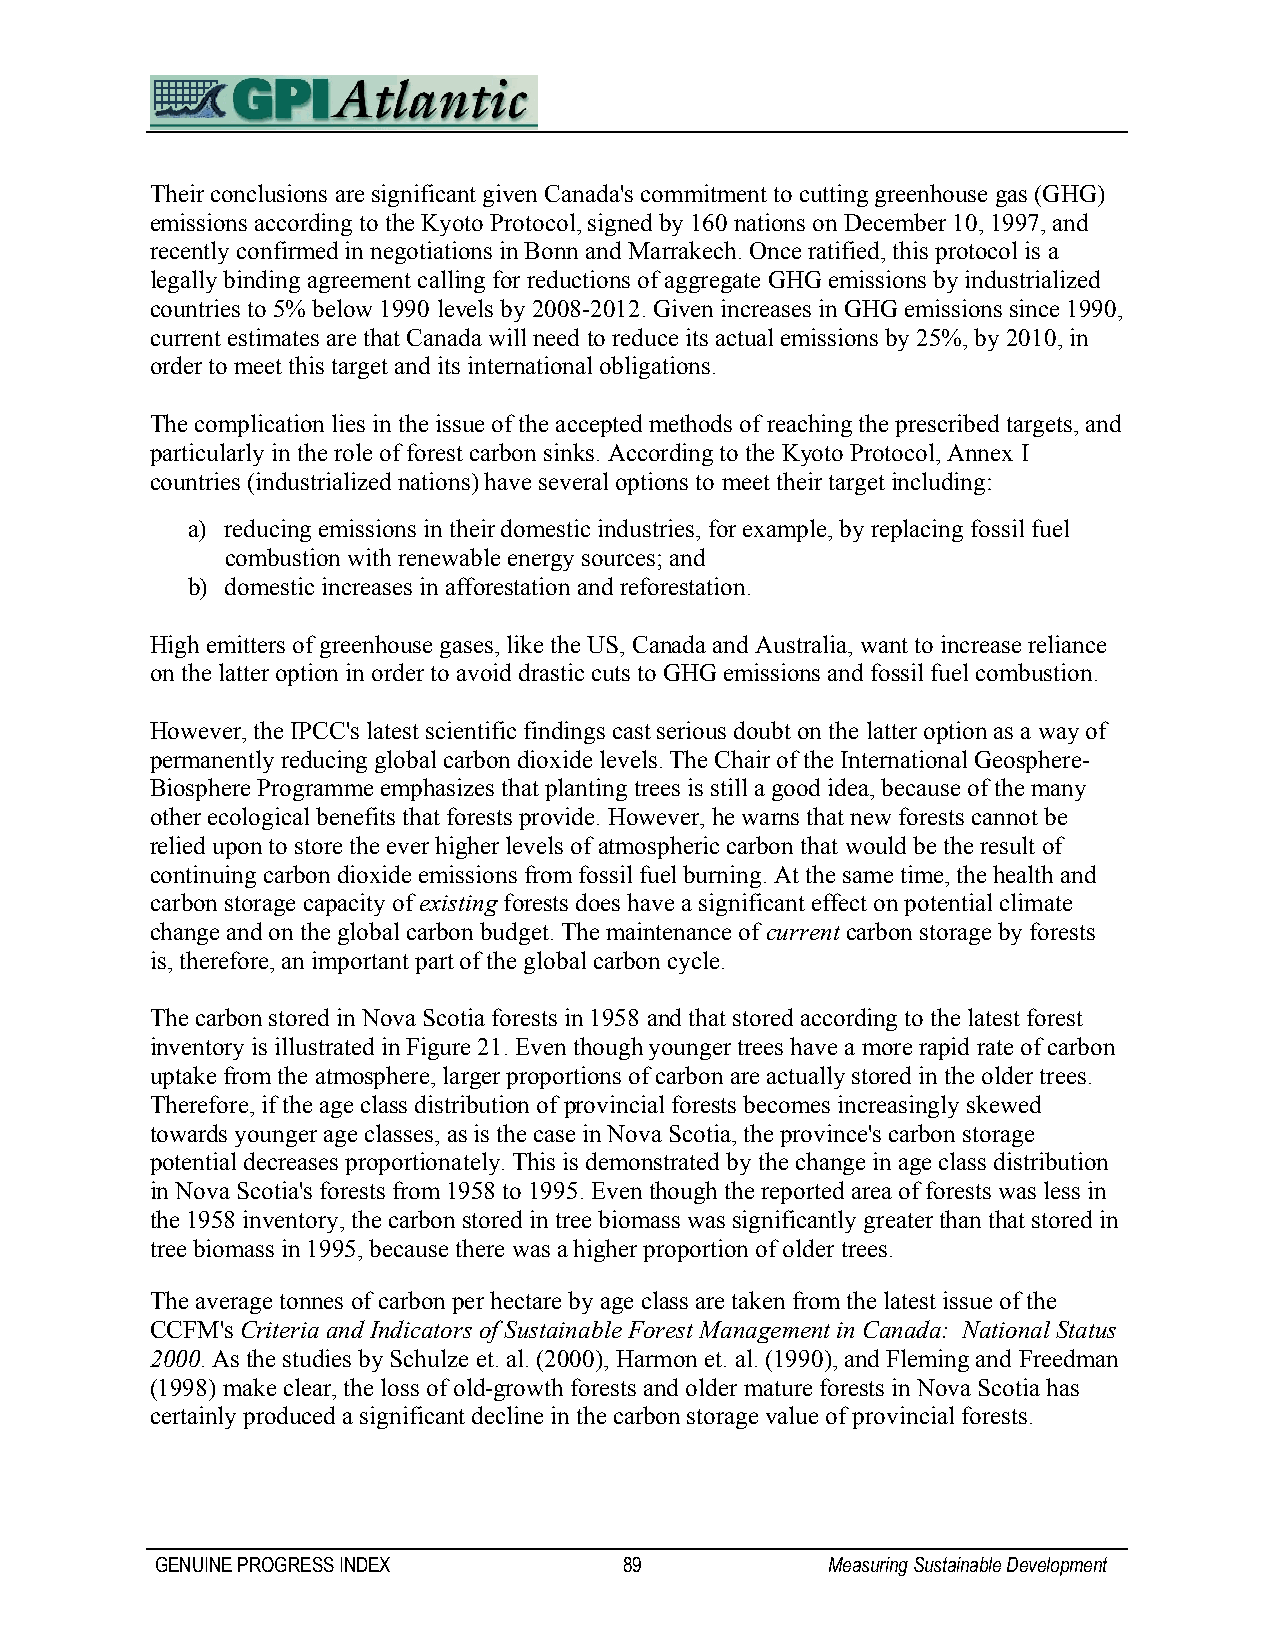
Their conclusions are significant given Canada's commitment to cutting greenhouse gas (GHG)
 emissions according to the Kyoto Protocol, signed by 160 nations on December 10, 1997, and
 recently confirmed in negotiations in Bonn and Marrakech. Once ratified, this protocol is a
 legally binding agreement calling for reductions of aggregate GHG emissions by industrialized
 countries to 5% below 1990 levels by 2008-2012. Given increases in GHG emissions since 1990,
 current estimates are that Canada will need to reduce its actual emissions by 25%, by 2010, in
 order to meet this target and its international obligations.
 The complication lies in the issue of the accepted methods of reaching the prescribed targets, and
 particularly in the role of forest carbon sinks. According to the Kyoto Protocol, Annex I
 countries (industrialized nations) have several options to meet their target including:
 a) reducing emissions in their domestic industries, for example, by replacing fossil fuel
 combustion with renewable energy sources; and
 b) domestic increases in afforestation and reforestation.
 High emitters of greenhouse gases, like the US, Canada and Australia, want to increase reliance
 on the latter option in order to avoid drastic cuts to GHG emissions and fossil fuel combustion.
 However, the IPCC's latest scientific findings cast serious doubt on the latter option as a way of
 permanently reducing global carbon dioxide levels. The Chair of the International Geosphere-
 Biosphere Programme emphasizes that planting trees is still a good idea, because of the many
 other ecological benefits that forests provide. However, he warns that new forests cannot be
 relied upon to store the ever higher levels of atmospheric carbon that would be the result of
 continuing carbon dioxide emissions from fossil fuel burning. At the same time, the health and
 carbon storage capacity of existing forests does have a significant effect on potential climate
 change and on the global carbon budget. The maintenance of current carbon storage by forests
 is, therefore, an important part of the global carbon cycle.
 The carbon stored in Nova Scotia forests in 1958 and that stored according to the latest forest
 inventory is illustrated in Figure 21. Even though younger trees have a more rapid rate of carbon
 uptake from the atmosphere, larger proportions of carbon are actually stored in the older trees.
 Therefore, if the age class distribution of provincial forests becomes increasingly skewed
 towards younger age classes, as is the case in Nova Scotia, the province's carbon storage
 potential decreases proportionately. This is demonstrated by the change in age class distribution
 in Nova Scotia's forests from 1958 to 1995. Even though the reported area of forests was less in
 the 1958 inventory, the carbon stored in tree biomass was significantly greater than that stored in
 tree biomass in 1995, because there was a higher proportion of older trees.
 The average tonnes of carbon per hectare by age class are taken from the latest issue of the
 CCFM's Criteria and Indicators of Sustainable Forest Management in Canada: National Status
 2000. As the studies by Schulze et. al. (2000), Harmon et. al. (1990), and Fleming and Freedman
 (1998) make clear, the loss of old-growth forests and older mature forests in Nova Scotia has
 certainly produced a significant decline in the carbon storage value of provincial forests.
 GENUINE PROGRESS INDEX         89            Measuring Sustainable Development